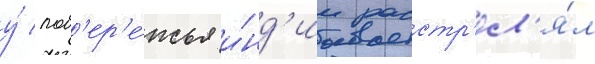
у́ поб'ер'е́жья и́нд'ии расстр'ел'я́л